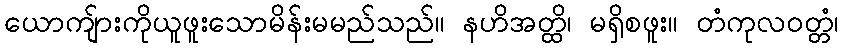
ယောကျ်ားကိုယူဖူးသောမိန်းမမည်သည်။ နဟိအတ္ထိ၊ မရှိစဖူး။ တံကုလဝတ္တံ၊